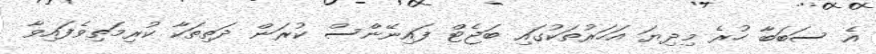
އެ ސަބަބާ ހުރެ މިދިޔަ އަހަރުތަކުގައި ބަޖެޓް ފައިނޭންސް ކުރަން ދަތިތަކާ ކުރިމަތިވެފައިވާ